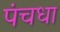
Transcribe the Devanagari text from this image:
पंचधा